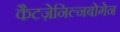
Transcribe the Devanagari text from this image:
कैटज़ेनिल्नबोगेन